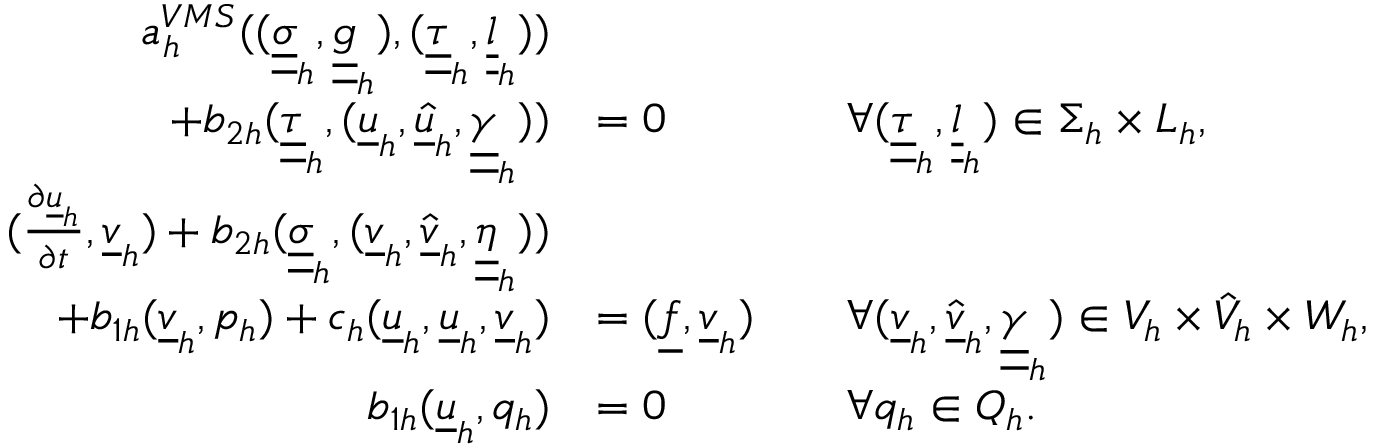
\begin{array} { r l r l r } { a _ { h } ^ { V M S } ( ( \underline { { \underline { { \sigma } } } } _ { h } , \underline { { \underline { { g } } } } _ { h } ) , ( \underline { { \underline { { \tau } } } } _ { h } , \underline { { \underline { { l } } } } _ { h } ) ) } & { } & & { } \\ { + b _ { 2 h } ( \underline { { \underline { { \tau } } } } _ { h } , ( \underline { { u } } _ { h } , \underline { { \hat { u } } } _ { h } , \underline { { \underline { { \gamma } } } } _ { h } ) ) } & { = 0 } & & { \forall ( \underline { { \underline { { \tau } } } } _ { h } , \underline { { \underline { { l } } } } _ { h } ) \in \Sigma _ { h } \times L _ { h } , } & \\ { ( \frac { \partial \underline { { u } } _ { h } } { \partial t } , \underline { { v } } _ { h } ) + b _ { 2 h } ( \underline { { \underline { { \sigma } } } } _ { h } , ( \underline { { v } } _ { h } , \underline { { \hat { v } } } _ { h } , \underline { { \underline { { \eta } } } } _ { h } ) ) } & { } & & { } \\ { + b _ { 1 h } ( \underline { { v } } _ { h } , p _ { h } ) + c _ { h } ( \underline { { u } } _ { h } , \underline { { u } } _ { h } , \underline { { v } } _ { h } ) } & { = ( \underline { { f } } , \underline { { v } } _ { h } ) } & & { \forall ( \underline { { v } } _ { h } , \underline { { \hat { v } } } _ { h } , \underline { { \underline { { \gamma } } } } _ { h } ) \in V _ { h } \times \hat { V } _ { h } \times W _ { h } , } & \\ { b _ { 1 h } ( \underline { { u } } _ { h } , q _ { h } ) } & { = 0 } & & { \forall q _ { h } \in Q _ { h } . } & \end{array}